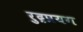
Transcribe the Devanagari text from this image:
रुद्रप्रयग